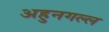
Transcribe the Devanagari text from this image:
अहुनगल्ल